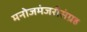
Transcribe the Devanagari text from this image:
मनोजमंजरीसंग्रह